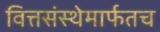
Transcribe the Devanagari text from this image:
वित्तसंस्थेमार्फतच